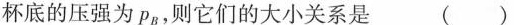
杯底的压强为p_{8}，则它们的大小关系是 （）